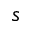
s